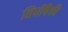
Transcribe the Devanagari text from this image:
तिघींपैकी